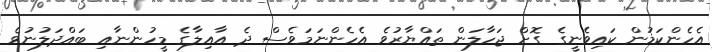
އެހެންކަމުން ކައިވެނީގެ ގޮށް ޖަހާލަން ތައްޔާރުވެ އެހެންނަަމަވެސް ދެ އާއިލާގެ މީހުންނާއި ބައްދަލުނުވެ